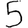
Digit: 5